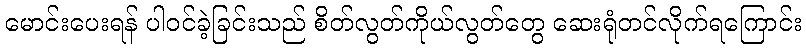
မောင်းပေးရန် ပါဝင်ခဲ့ခြင်းသည် စိတ်လွတ်ကိုယ်လွတ်တွေ ဆေးရုံတင်လိုက်ရကြောင်း